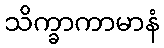
သိက္ခာကာမာနံ